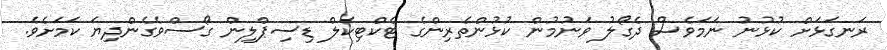
ރަނގަޅަށް ކުޅުނު ނަމަވެސް ދެގޯލު ވަނުމުން ކުޅުންތެރިންގެ ޓެކްޓިކަލް ޑިސިޕްލިން ގޯސްވެގެންދިޔަ ކަމަށެވެ.